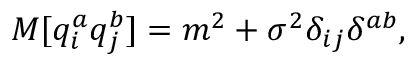
M [ q _ { i } ^ { a } q _ { j } ^ { b } ] = m ^ { 2 } + \sigma ^ { 2 } \delta _ { i j } \delta ^ { a b } ,